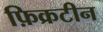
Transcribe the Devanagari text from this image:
फ़िक्रटीन